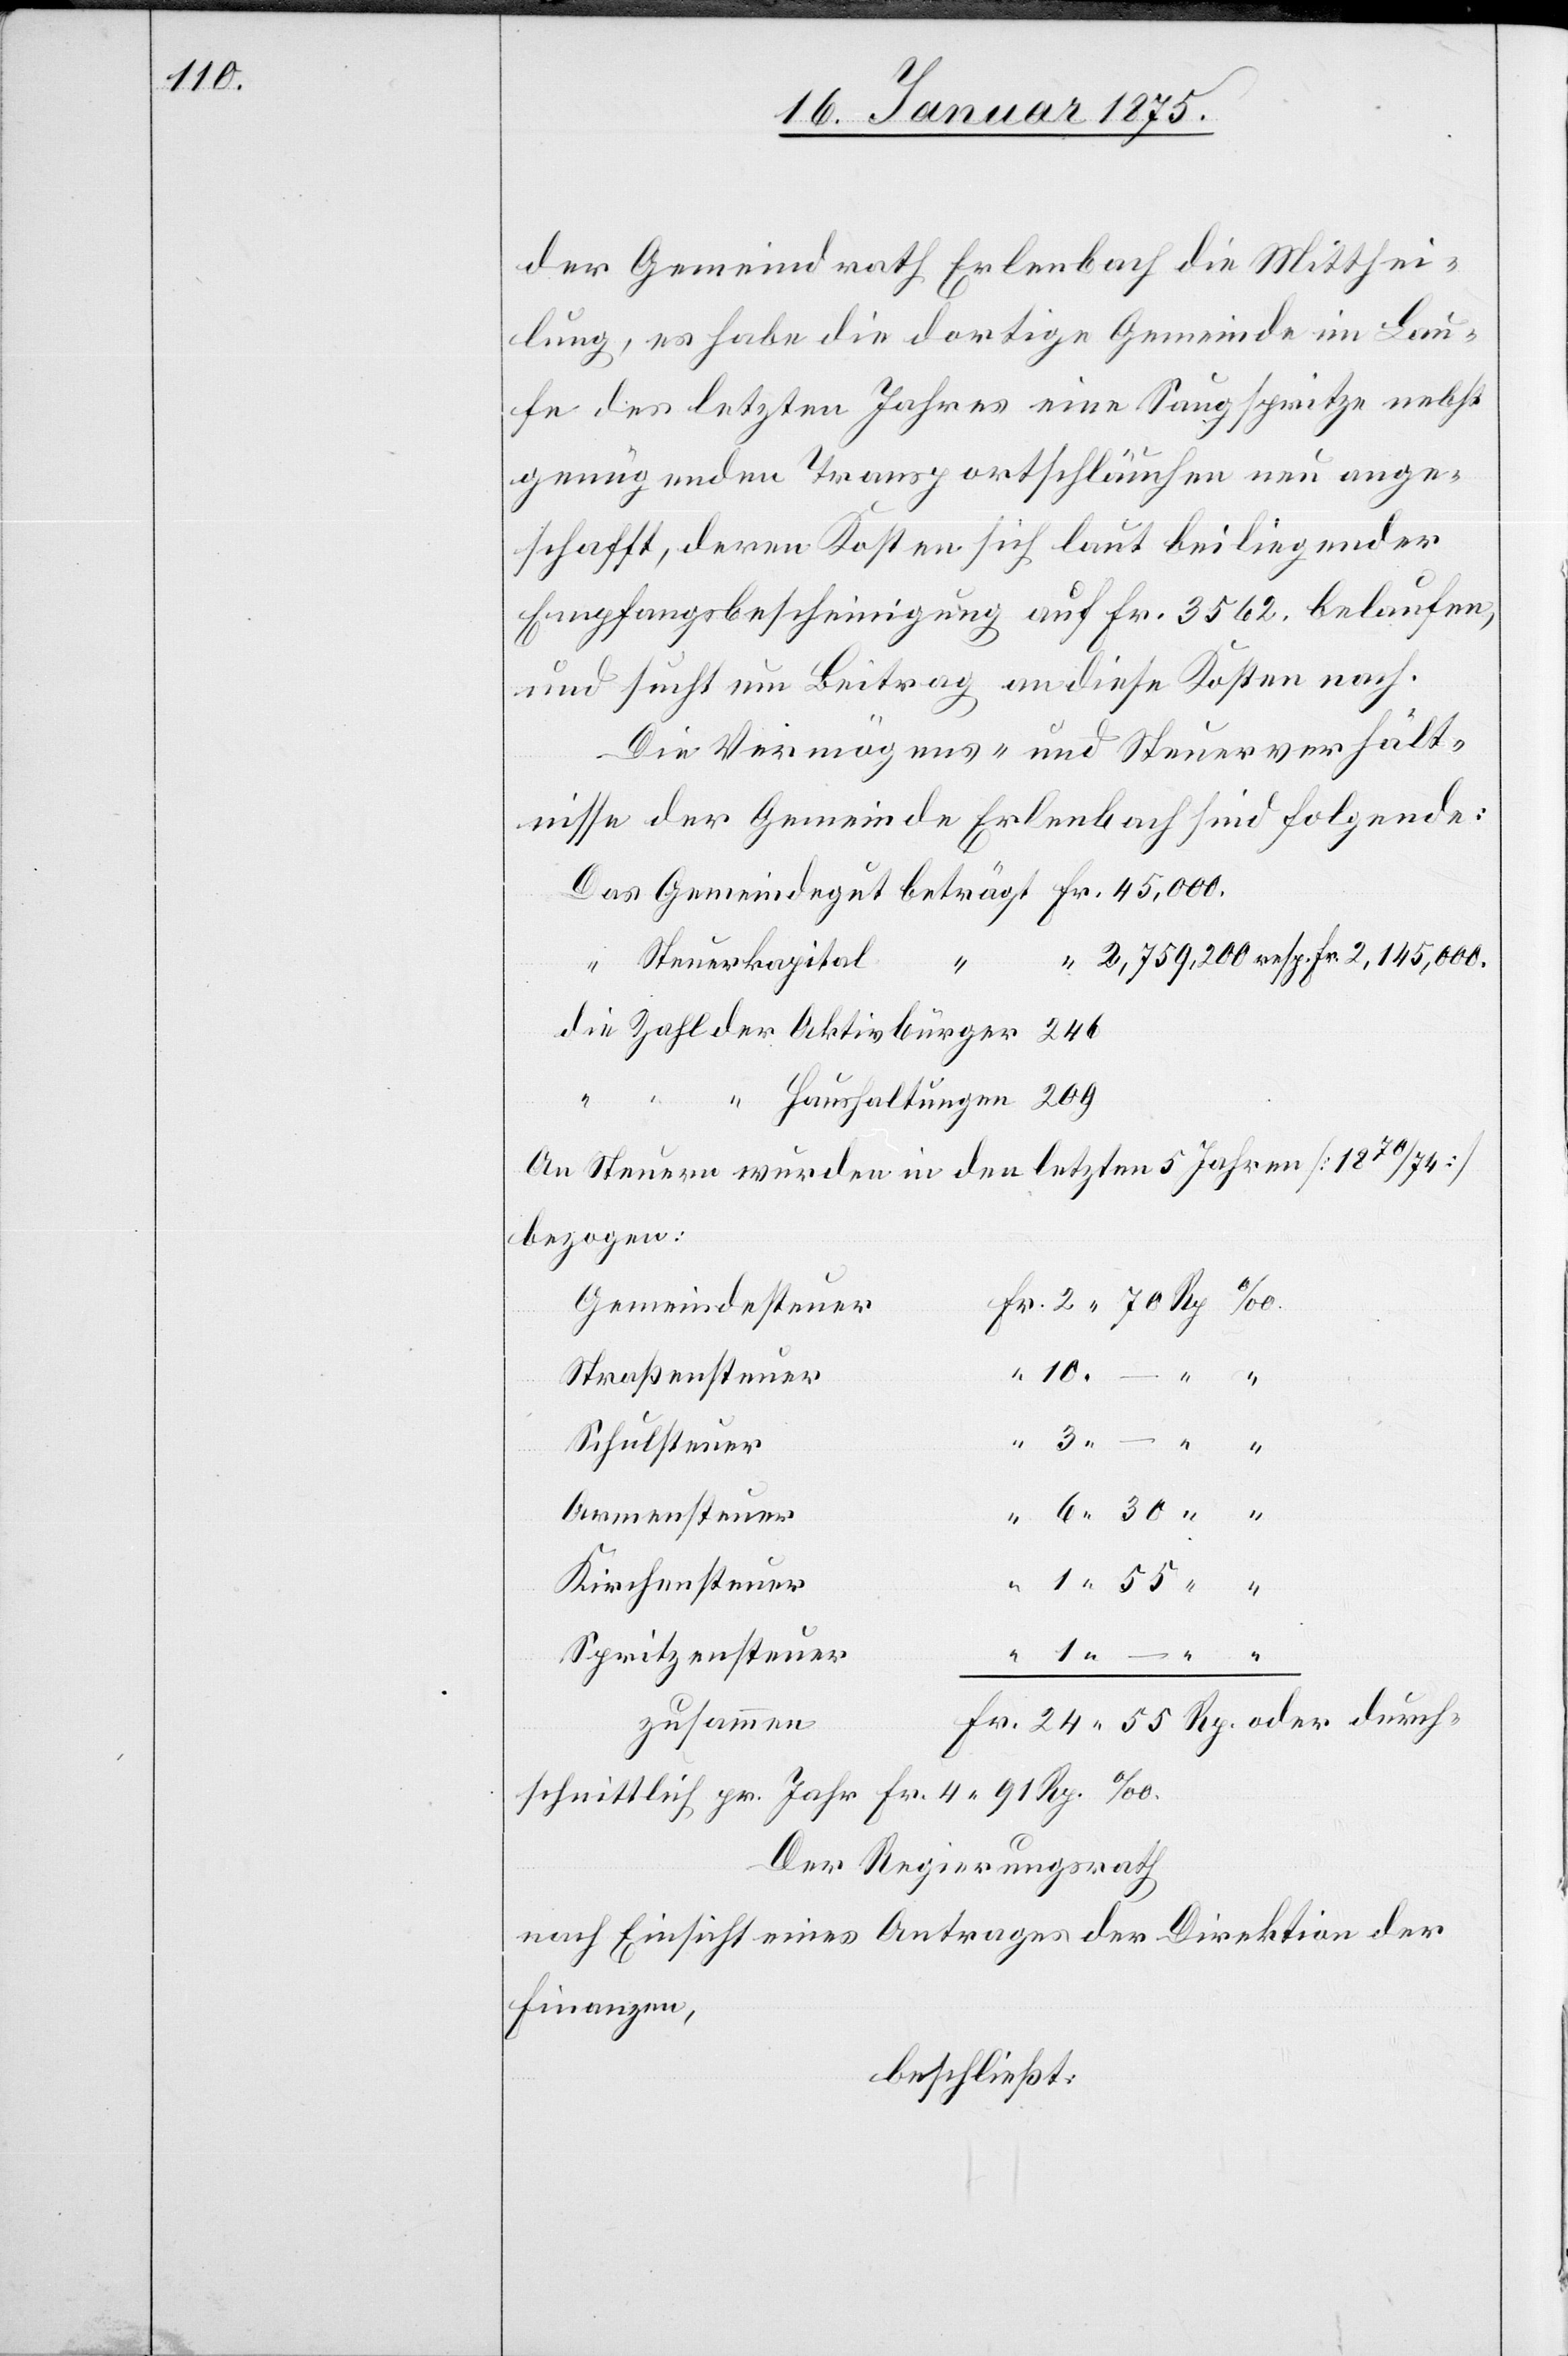
der Gemeindrath Erlenbach die Mitthei¬
lung, es habe die dortige Gemeinde im Lau¬
fe des letzten Jahres eine Saugspritze nebst
genügenden Transportschläuchen neu ange¬
schafft, deren Kosten sich laut beiliegender
Empfangsbescheinigung auf Fr. 3562. belaufen,
und sucht um Beitrag an diese Kosten nach.
Die Vermögens- und Steuerverhält¬
nisse der Gemeinde Erlenbach sind folgende:
2,759,200 resp. Fr. 2,145,00.
Steuerkapital
55.
An Steuern wurden in den letzten 5 Jahren (1870/74)
bezogen:
Gemeindesteuer
Straßensteuer
Armensteuer
Schulsteuer
Kirchensteuer
Spritzensteuer
zusammen
Der Regierungsrath
nach Einsicht eines Antrages der Direktion der
Finanzen,
beschließt: